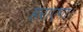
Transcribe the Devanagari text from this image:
हराएगा।